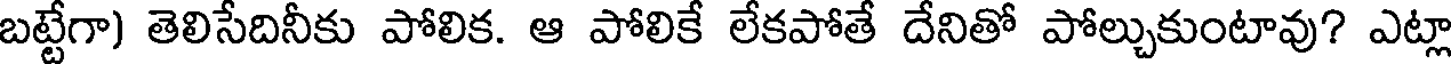
బట్టేగా) తెలిసేదినీకు పోలిక. ఆ పోలికే లేకపోతే దేనితో పోల్చుకుంటావు? ఎట్లా